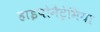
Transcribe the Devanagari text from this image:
हाइपोनैट्रेमिया